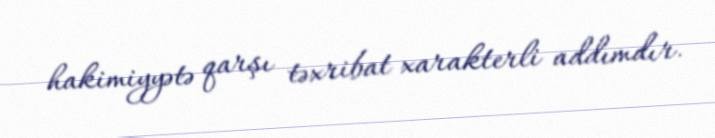
hakimiyyətə qarşı təxribat xarakterli addımdır.